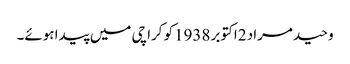
وحید مراد 2اکتوبر 1938کو کراچی میں پیدا ہوئے۔